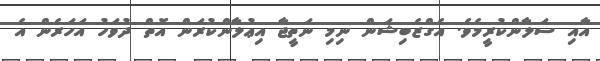
އާއި ސަލާންކުރީމެވެ. އެގްޒެބިޝަން ނިމި ނަތީޖާ އިޢުލާންކުރަން އޮތް ދުވަހު އަހަރެން އެ